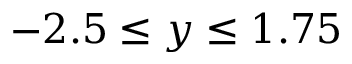
- 2 . 5 \leq y \leq 1 . 7 5